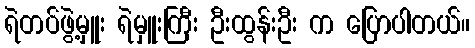
ရဲတပ်ဖွဲ့မှူး ရဲမှူးကြီး ဦးထွန်းဦး က ပြောပါတယ်။